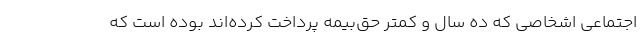
اجتماعی اشخاصی که ده سال و کمتر حق‌بیمه پرداخت کرده‌اند بوده است که